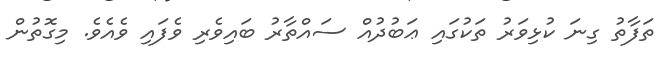
ތަފާތު ގިނަ ކުޅިވަރު ތަކުގައި ޢަބުދުއް ސައްތާރު ބައިވެރި ވެފައި ވެއެވެ. މިގޮތުން